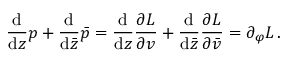
\frac { \mathrm { d } } { \mathrm { d } z } p + \frac { \mathrm { d } } { \mathrm { d } \bar { z } } \bar { p } = \frac { \mathrm { d } } { \mathrm { d } z } \frac { \partial { \cal L } } { \partial v } + \frac { \mathrm { d } } { \mathrm { d } \bar { z } } \frac { \partial { \cal L } } { \partial \bar { v } } = \partial _ { \varphi } { \cal L } \, .